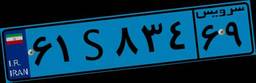
۸۸S۳۰۸۸۵